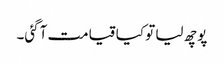
پوچھ لیا تو کیا قیامت آگئی۔